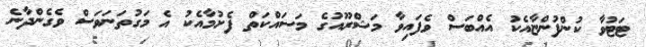
ޓަޓުވާ ކުންފުންޏާއެކު އެއްބަސް ވެފައިވާ މަޝްރޫއުގެ މަސައްކަތް ފެށުމާއެކު އެ މަގުތަނަވަސް ވެގެންދާނެ